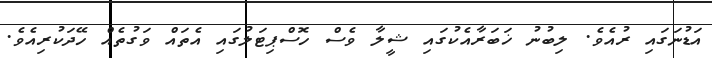
އަޑުނަގައި ރުއެވެ. ލިބުނު ޚަބަރާއެކުގައި ޝީލާ ވެސް ހޮސްޕިޓަލުގައި އެތައް ވަގުތެއް ހޭދަކުރިއެވެ.